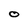
Character: O